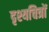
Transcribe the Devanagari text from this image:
दृश्यचित्रों